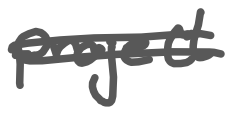
Text: project
Cross-out: double-line
Writing tool: digital_gray